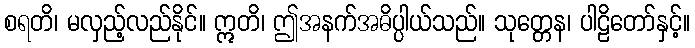
စရတိ၊ မလှည့်လည်နိုင်။ ဣတိ၊ ဤအနက်အဓိပ္ပါယ်သည်။ သုတ္တေန၊ ပါဠိတော်နှင့်။